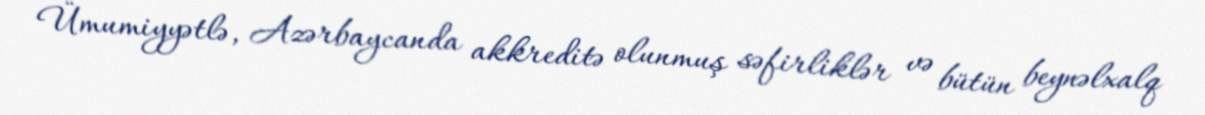
Ümumiyyətlə, Azərbaycanda akkreditə olunmuş səfirliklər və bütün beynəlxalq